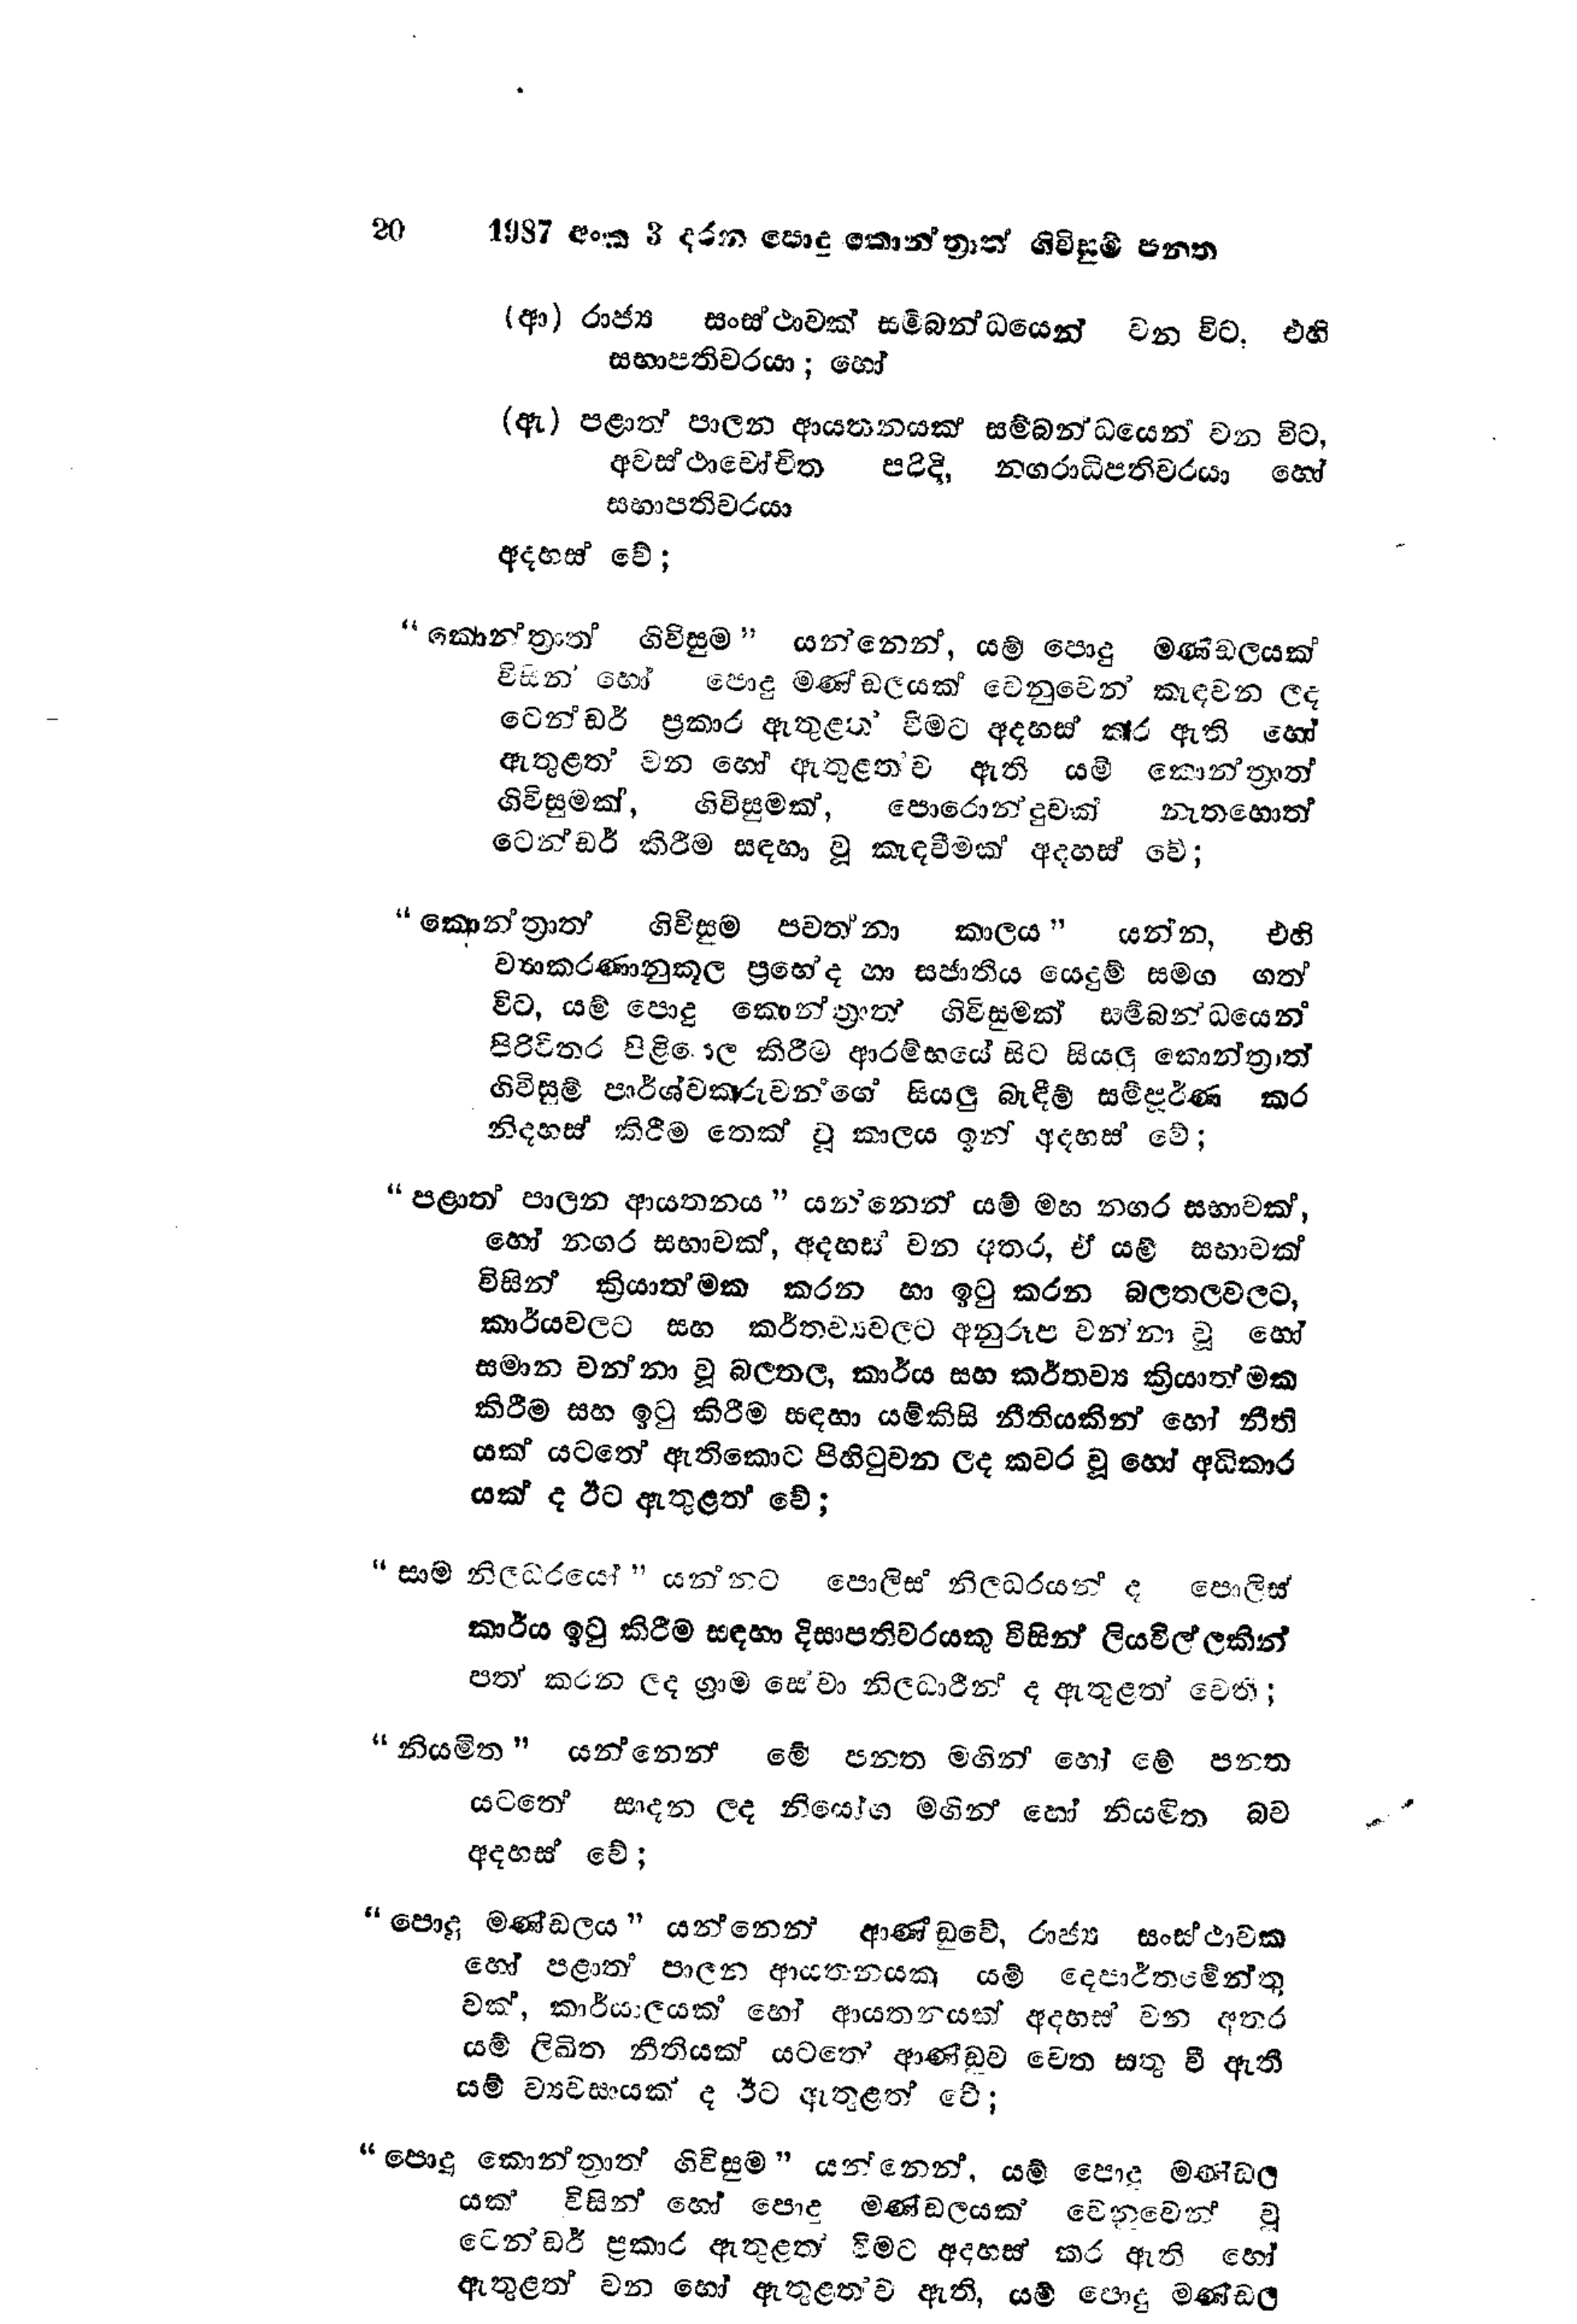
20 1987 අංක 3 දරන පොදු කොන්ත්‍රාත් ගිවිසුම් ජනත

(ආ) රාජ්‍ය සංස්ථාවක් සම්බන්ධයෙන් වන විට, එහි
සභාපතිවරයා ; හෝ

(ඇ) පළාත් පාලන ආයතනයක් සම්බන්ධයෙන් වන විට,
අවස්ථාවෝචිත පරිදි, නගරාධිපතිවරයා හෝ
සභාපතිවරයා
අදහස් වේ;

"කොන්ත්‍රාත් ගිවිසුම " යන්නෙන්, යම් පොදු මණ්ඩලයක්
විසින් හෝ පොදු මණ්ඩලයක් වෙනුවෙන් කැඳවන ලද
ටෙන්ඩර් ප්‍රකාර ඇතුළත් වීමට අදහස් කර ඇති හෝ
ඇතුළත් වන හෝ ඇතුළත්ව ඇති යම් කොන්ත්‍රාත්
ගිවිසුමක්, ගිවිසුමක්, පොරොන්දුවක් නැතහොත්
ටෙන්ඩර් කිරීම සඳහා වූ කැඳවීමක් අදහස් වේ;

"කොන්ත්‍රාත් ගිවිසුම පවත්නා කාලය " යන්න,එහි
ව්‍යාකරණානුකූල ප්‍රභේද හා සජාතිය යෙදුම් සමග ගත්
විට, යම් පොදු කොන්ත්‍රාත් ගිවිසුමක් සම්බන්ධයෙන්
පිරිවිතර පිළියෙල කිරීම ආරම්භයේ සිට සියලු කොන්ත්‍රාත්
ගිවිසුම් පාර්ශ්වකරුවන්ගේ සියලු බැඳීම් සම්පූර්ණ කර
නිදහස් කිරීම තෙක් වූ කාලය ඉන් අදහස් වේ;

"පළාත් පාලන ආයතනය " යන්නෙන් යම් මහ නගර සභාවක්,
හෝ නගර සභාවක්, අදහස් වන අතර, ඒ යම් සභාවක්
විසින් ක්‍රියාත්මක කරන හා ඉටු කරන බලතලවලට,
කාර්යවලට සහ කර්තව්‍යවලට අනුරූප වන්නා වූ හෝ
සමාන වන්නා වූ බලතල, කාර්ය සහ කර්තව්‍ය ක්‍රියාත්මක
කිරීම සහ ඉටු කිරීම සඳහා යම්කිසි නීතියකින් හෝ නීති
යක් යටතේ ඇතිකොට පිහිටුවන ලද කවර වූ හෝ අධිකාර
යක් ද ඊට ඇතුළත් වේ;

"සාම නිලධරයෝ " යන්නට පොලිස් නිලධරයන් ද පොලිස්
කාර්ය ඉටු කිරීම සඳහා දිසාපතිවරයකු විසින් ලියවිල්ලකින්
පත් කරන ලද ග්‍රාම සේවා නිලධාරීන් ද ඇතුළත් වෙති ;

"නියමිත " යන්නෙන් මේ පනත මගින් හෝ මේ පනත
යටතේ සාදන ලද නියෝග මගින් හෝ නියමිත බව
අදහස් වේ;

"පොදු මණ්ඩලය" යන්නෙන් ආණ්ඩුවේ, රාජ්‍ය සංස්ථාවක
හෝ පළාත් පාලන ආයතනයක යම් දෙපාර්තමේන්තු
වක්, කාර්යාලයක් හෝ ආයතනයක් අදහස් වන අතර
යම් ලිඛිත නීතියක් යටතේ ආණ්ඩුව වෙත සතු වී ඇති
යම් ව්‍යවසායක් ද ඊට ඇතුළත් වේ;

"පොදු කොන්ත්‍රාත් ගිවිසුම " යන්නෙන්, යම් පොදු මණ්ඩල
යක් විසින් හෝ පොදු මණ්ඩලයක් වෙනුවෙන් වූ
ටෙන්ඩර් ප්‍රකාර ඇතුළත් වීමට අදහස් කර ඇති
ඇතුළත් වන හෝ ඇතුළත්ව ඇති, යම් පොදු මණ්ඩල